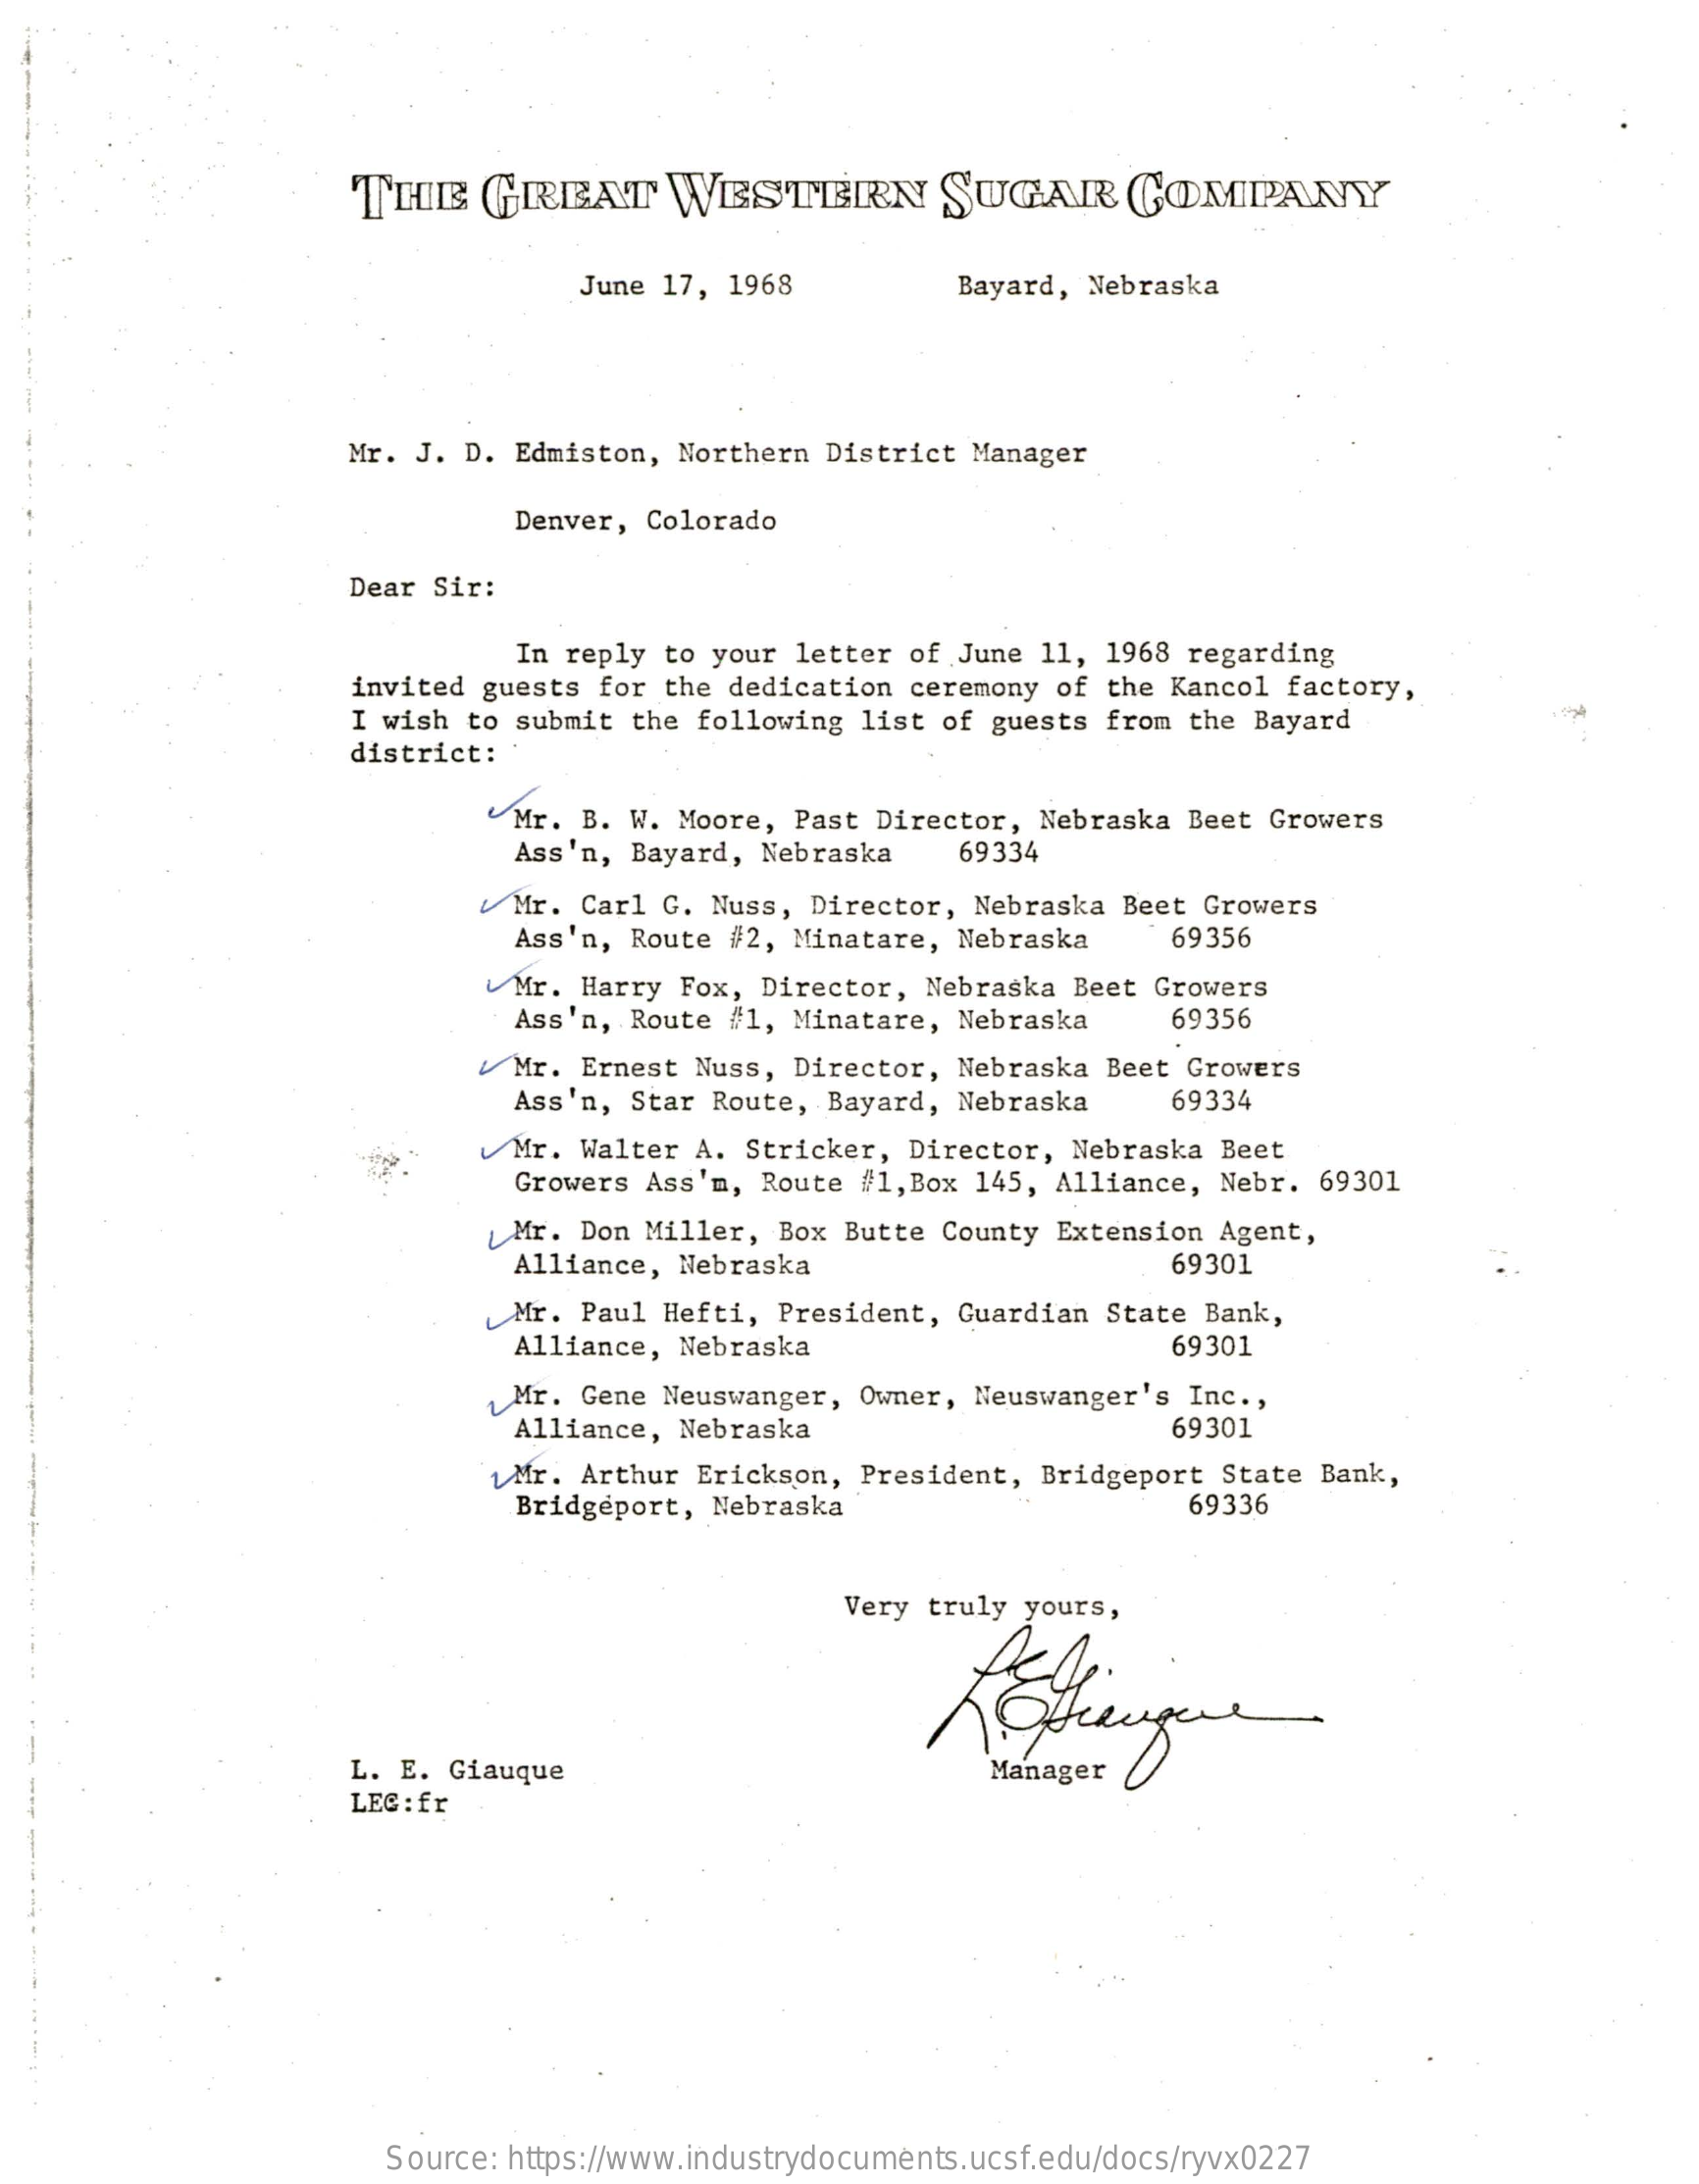
THE    GREAT    WESTERN    SUGAR    COMPANY
     June 17, 1968    Bayard, Nebraska
     Mr. J. D.  Edmiston, Northern District  Manager
     Denver, Colorado
     Dear Sir:
     In reply to your letter  of June 11, 1968  regarding
     invited guests for the dedication  ceremony of the Kancol  factory,
     I wish  to submit the following  list of guests from  the Bayard
     district:
     "Mr.  B. W. Moore, Past  Director, Nebraska  Beet Growers
     Ass'n, Bayard, Nebraska    69334
     Mr. Carl G. Nuss, Director,  Nebraska Beet  Growers
     Ass'n, Route #2, Minatare,  Nebraska    69356
     Mr. Harry Fox, Director,  Nebraska Beet Growers
     Ass'n, Route #1, Minatare,  Nebraska    69356
     Mr. Ernest Nuss, Director,  Nebraska Beet Growers
     Ass'n, Star Route,  Bayard, Nebraska    69334
     Mr.  Walter A. Stricker,  Director, Nebraska  Beet
     Growers Ass'm, Route  #1, Box 145, Alliance, Nebr. 69301
     Mr. Don Miller, Box  Butte County Extension  Agent,
     Alliance, Nebraska    69301
     Mr. Paul Hefti, President,  Guardian State  Bank,
     Alliance, Nebraska    69301
     Mr. Gene Neuswanger,  Owner, Neuswanger's  Inc .,
     Alliance, Nebraska    69301
     Mr. Arthur Erickson,  President, Bridgeport  State Bank,
     Bridgeport, Nebraska    69336
     Very truly yours,
     L. E. Giauque    Manager
     LEC :fr
     Source: https://www.industrydocuments.ucsf.edu/docs/ryvx0227